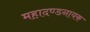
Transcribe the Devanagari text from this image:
महादण्डनायक